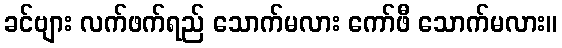
ခင်ဗျား လက်ဖက်ရည် သောက်မလား ကော်ဖီ သောက်မလား။